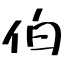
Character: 伯